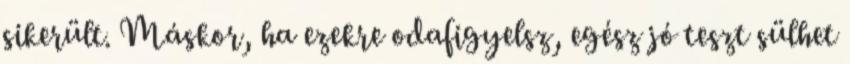
sikerült. Máskor, ha ezekre odafigyelsz, egész jó teszt sülhet